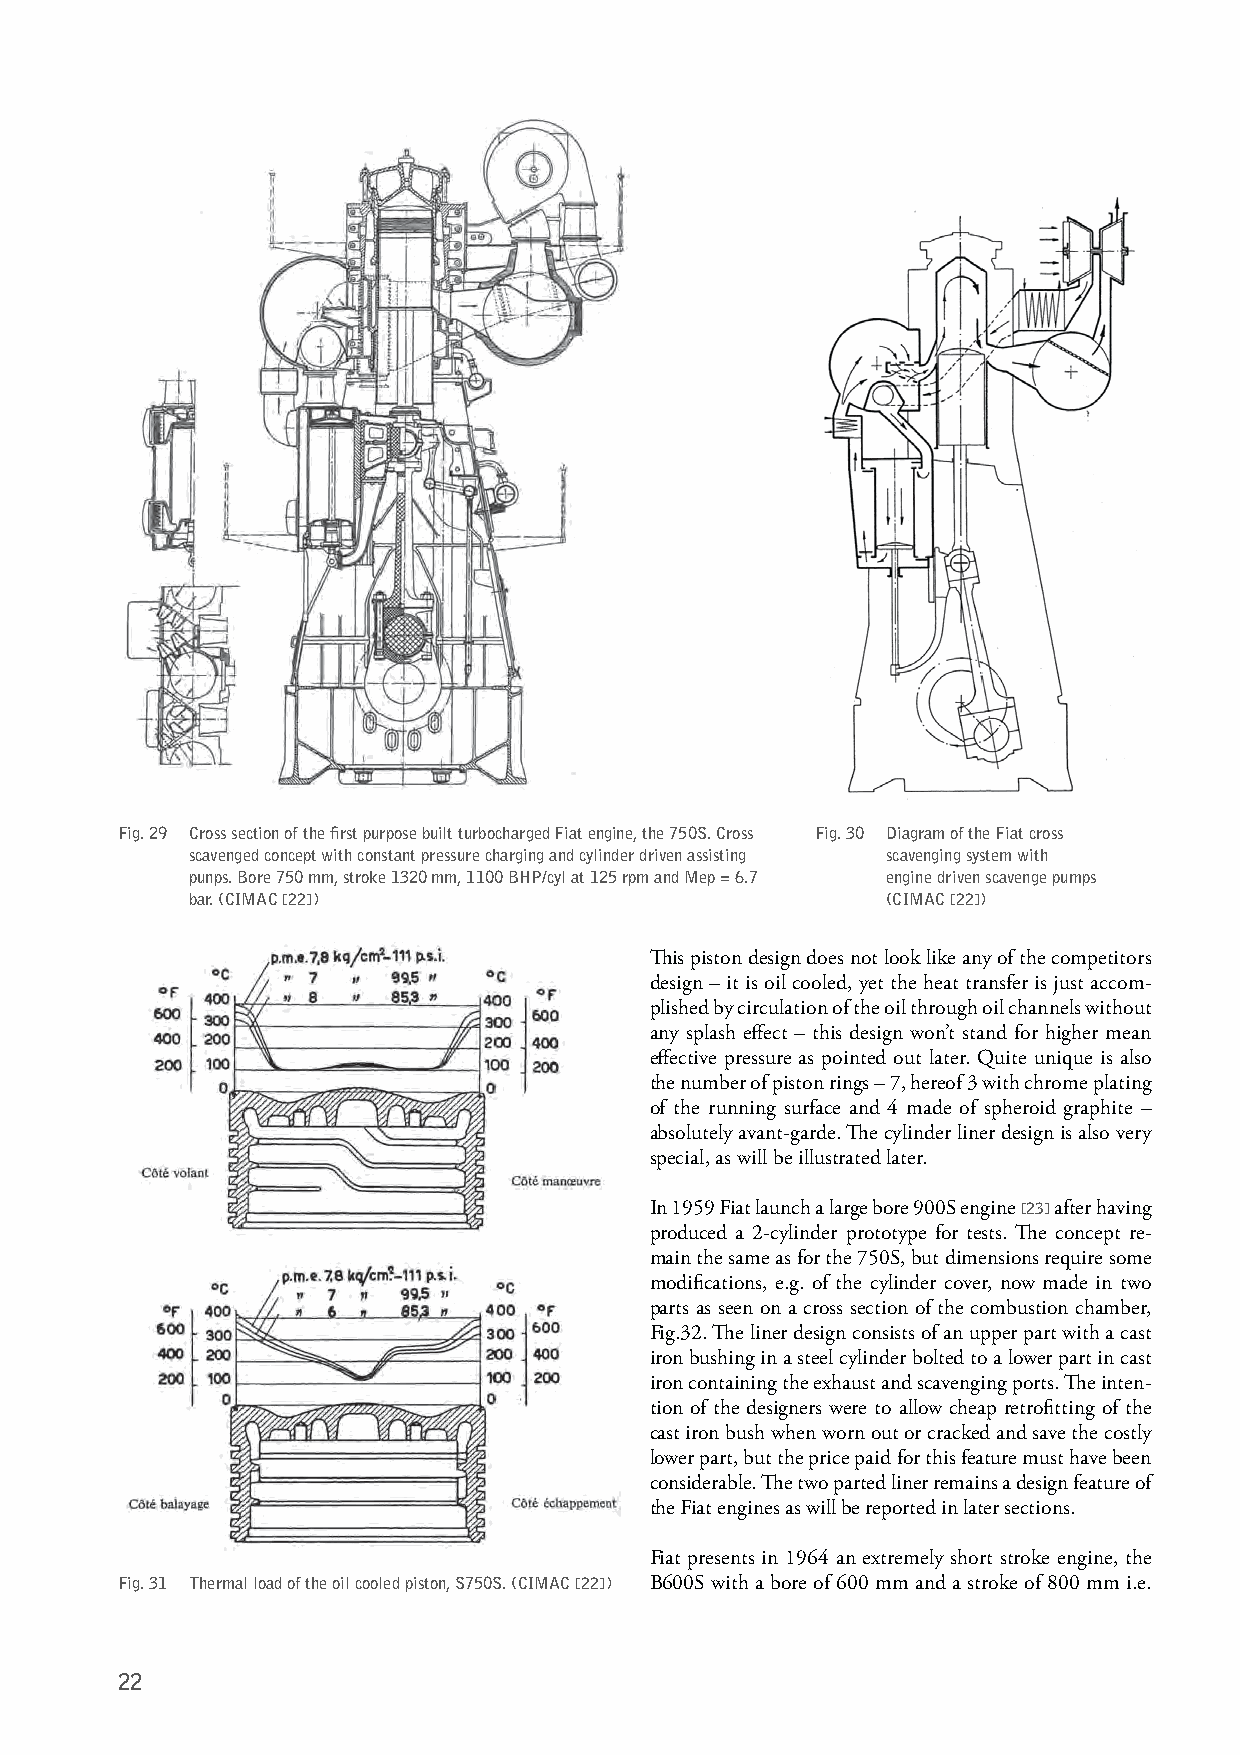
Fig. 29 Cross section of the first purpose built turbocharged Fiat engine, the 750S. Cross Fig. 30 Diagram of the Fiat cross
 scavenged concept with constant pressure charging and cylinder driven assisting scavenging system with
 punps. Bore 750 mm, stroke 1320 mm, 1100 BHP/cyl at 125 rpm and Mep = 6.7 engine driven scavenge pumps
 bar. (CIMAC [22])                              (CIMAC [22])
 This piston design does not look like any of the competitors
 design – it is oil cooled, yet the heat transfer is just accom-
 plished by circulation of the oil through oil channels without
 any splash effect – this design won’t stand for higher mean
 effective pressure as pointed out later. Quite unique is also
 the number of piston rings – 7, hereof 3 with chrome plating
 of the running surface and 4 made of spheroid graphite –
 absolutely avant-garde. The cylinder liner design is also very
 special, as will be illustrated later.
 In 1959 Fiat launch a large bore 900S engine [23] after having
 produced a 2-cylinder prototype for tests. The concept re-
 main the same as for the 750S, but dimensions require some
 modifications, e.g. of the cylinder cover, now made in two
 parts as seen on a cross section of the combustion chamber,
 Fig.32. The liner design consists of an upper part with a cast
 iron bushing in a steel cylinder bolted to a lower part in cast
 iron containing the exhaust and scavenging ports. The inten-
 tion of the designers were to allow cheap retrofitting of the
 cast iron bush when worn out or cracked and save the costly
 lower part, but the price paid for this feature must have been
 considerable. The two parted liner remains a design feature of
 the Fiat engines as will be reported in later sections.
 Fiat presents in 1964 an extremely short stroke engine, the
 Fig. 31 Thermal load of the oil cooled piston, S750S. (CIMAC [22]) B600S with a bore of 600 mm and a stroke of 800 mm i.e.
 22